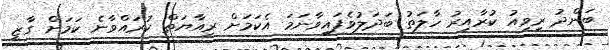
ބަންދު ރިވިއު ކުރާއިރު ހާލަތު ބަދަލުވެފައިވާނަމަ އެކަމަށް ރިއާޔަތް ކުރައްވާނެ ކަމަށް ގާޒީ